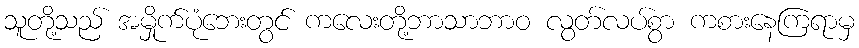
သူတို့သည် အမှိုက်ပုံဘေးတွင် ကလေးတို့ဘာသာဘာဝ လွတ်လပ်စွာ ကစားနေကြရာမှ